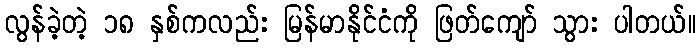
လွန်ခဲ့တဲ့ ၁၈ နှစ်ကလည်း မြန်မာနိုင်ငံကို ဖြတ်ကျော် သွား ပါတယ်။